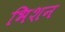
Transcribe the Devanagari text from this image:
भिशन